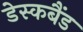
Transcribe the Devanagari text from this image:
डेस्कबैंड